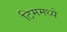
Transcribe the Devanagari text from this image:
टिममध्ये